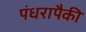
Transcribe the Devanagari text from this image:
पंधरापैकी